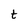
Character: t